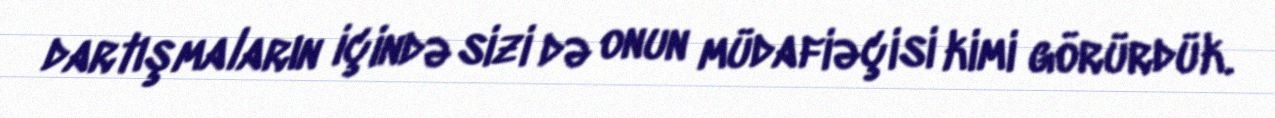
dartışmaların içində sizi də onun müdafiəçisi kimi görürdük.